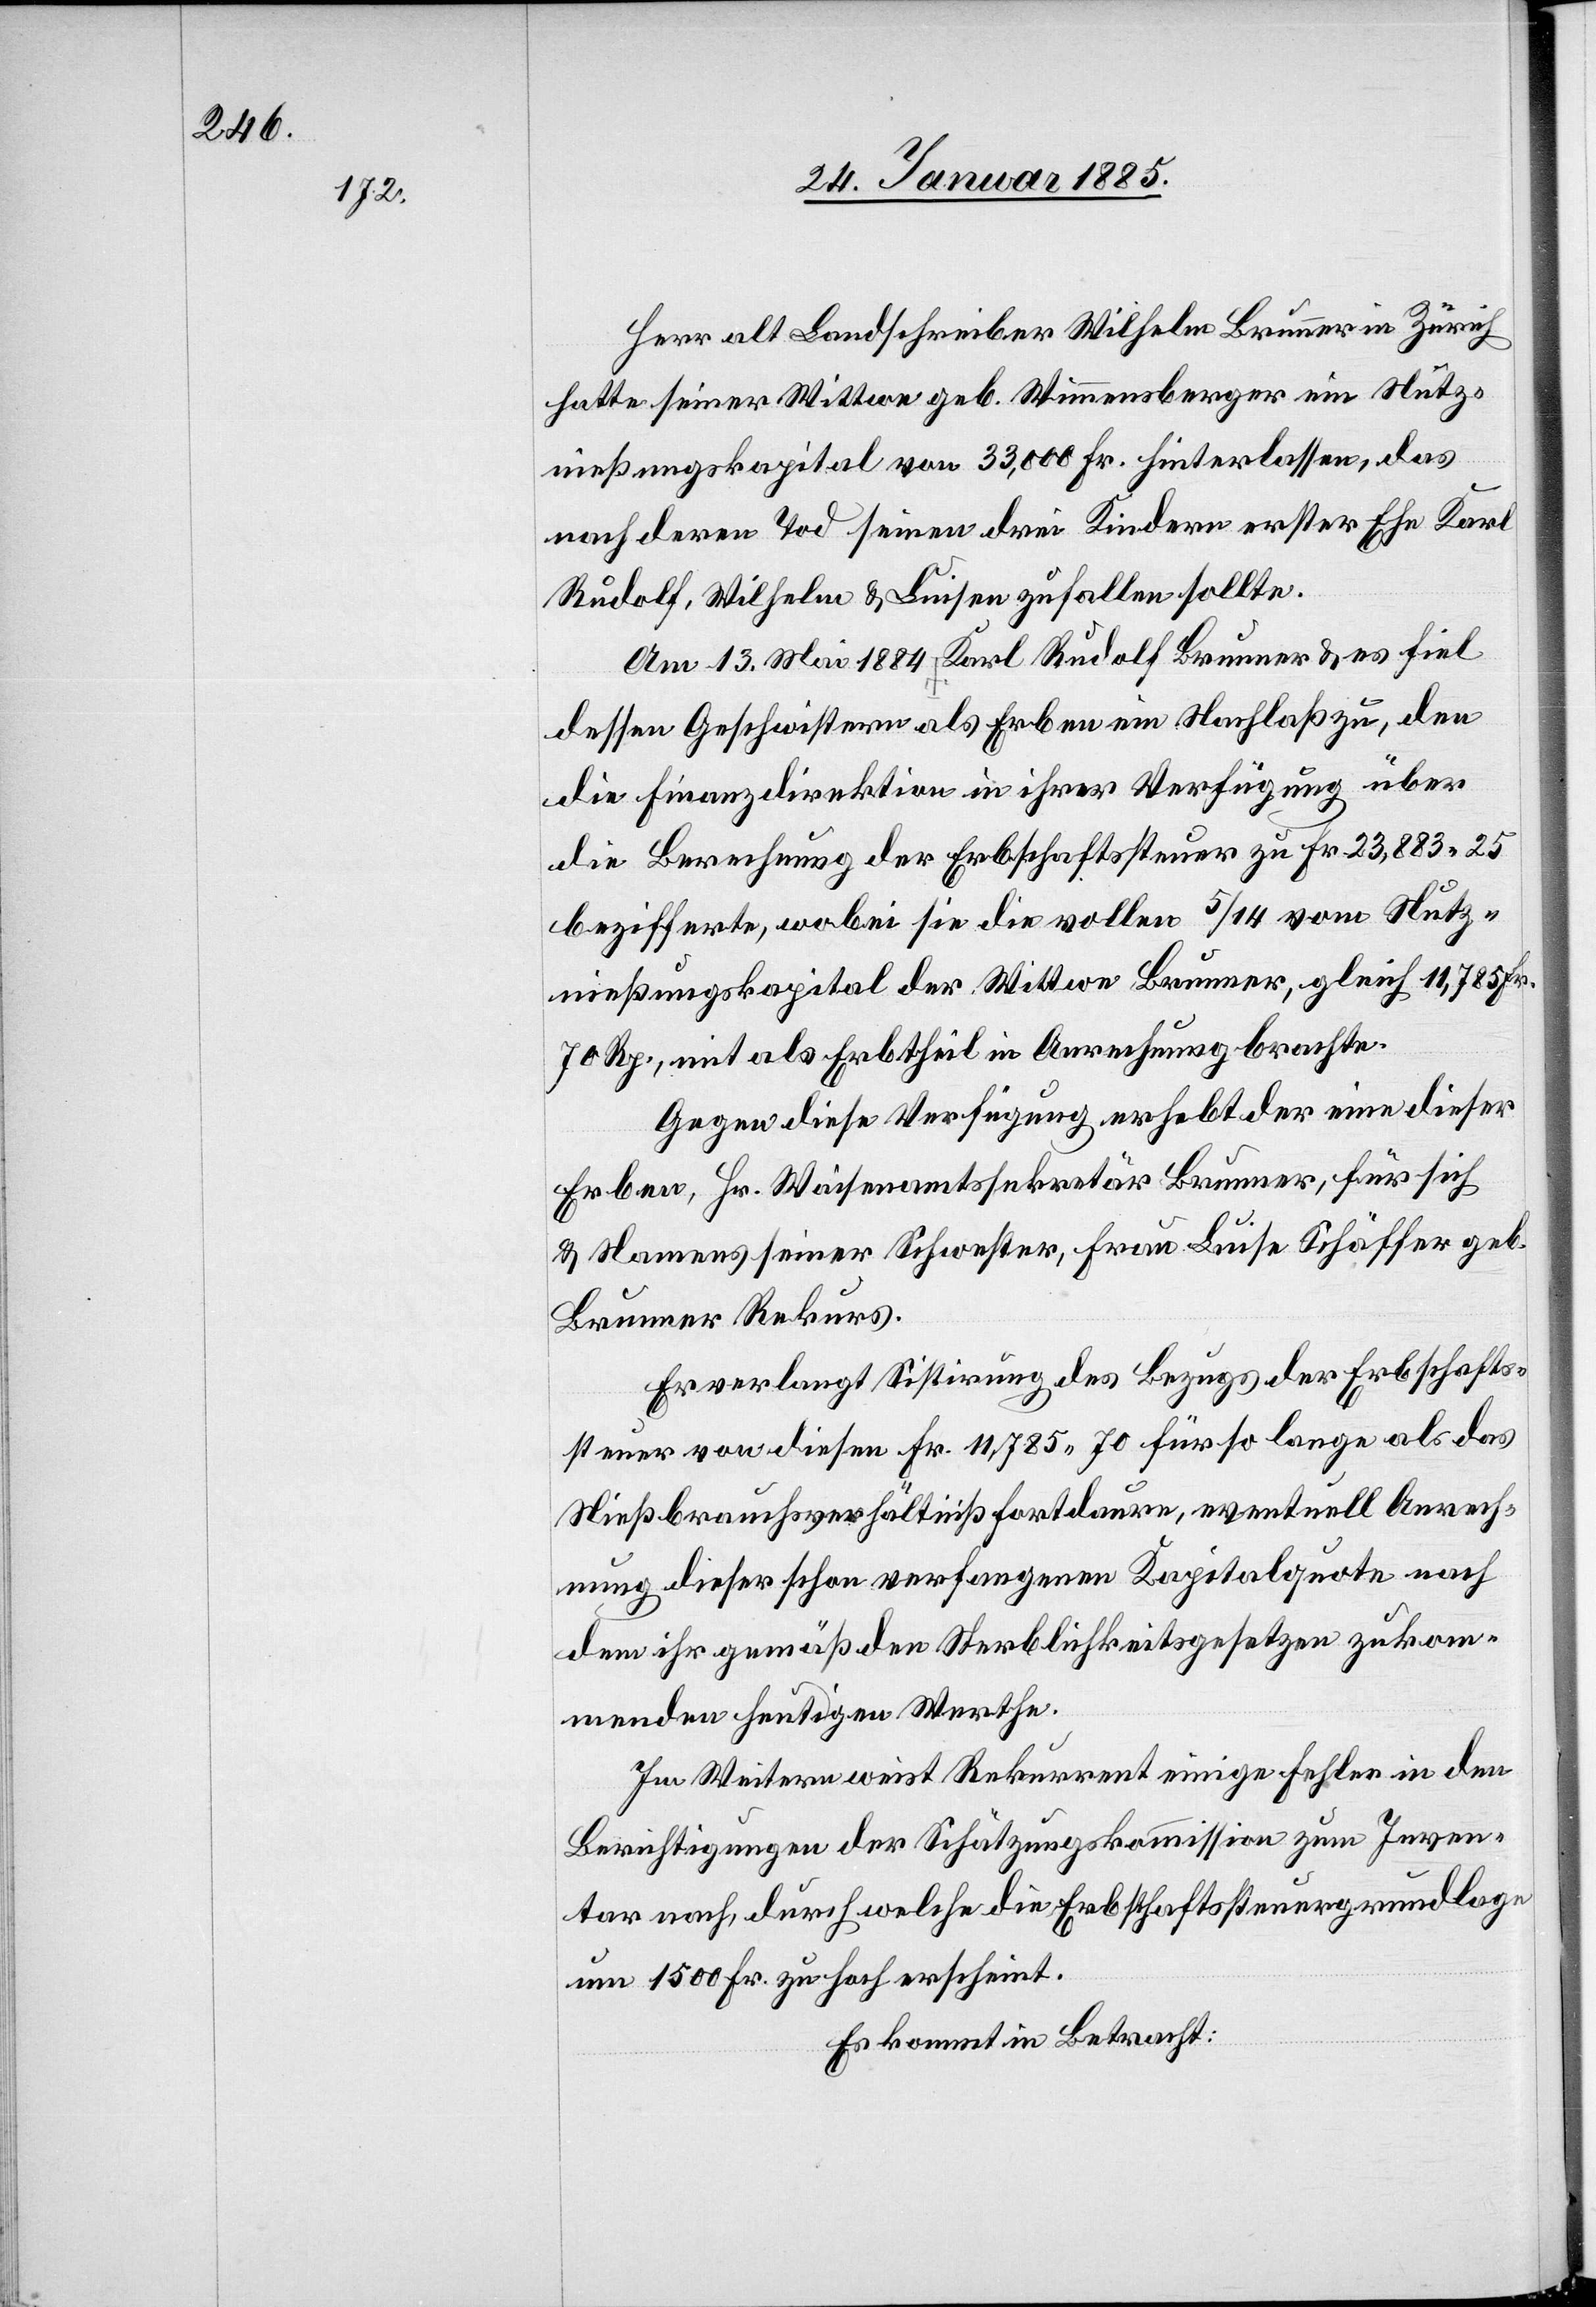
Herr alt Landschreiber Wilhelm Brunner in Zürich
hatte seiner Wittwe geb. Wimmensberger ein Nutz¬
nießungskapital von 33,000 Fr. hinterlassen, das
nach deren Tod seinen drei Kindern erster Ehe Karl
Rudolf, Wilhelm & Luisen zufallen sollte.
Am 13. Mai 1884 […] Karl Rudolf Brunner & es fiel
dessen Geschwistern als Erben ein Nachlaß zu, den
die Finanzdirektion in ihrer Verfügung über
die Berechnung der Erbschaftssteuer zu Fr. 23,883 25
bezifferte, wobei sie die vollen 5/14 vom Nutz¬
nießungskapital der Wittwe Brunner, gleich 11,785 Fr.
70 Rp., mit als Erbtheil in Anrechnung brachte.
Gegen diese Verfügung erhebt der eine dieser
Erben, Hr. Waisenamtssekretär Brunner, für sich
& Namens seiner Schwester, Frau Luise Schäffer geb.
Brunner Rekurs.
Er verlangt Sistirung des Bezugs der Erbschafts¬
steuer von diesen Fr. 11,785 70 für so lange als das
Nießbrauchsverhältniß fortdaure, eventuell Anrech¬
nung dieser schon verfangenen Kapitalquote nach
dem ihr gemäß den Sterblichkeitsgesetzen zukom¬
menden heutigen Werthe.
Im Weitern weist Rekurrent einige Fehler in den
Berichtigungen der Schätzungskommission zum Inven¬
tar nach, durch welche die Erbschaftssteuergrundlage
um 1500 Fr. zu hoch erscheint.
Es kommt in Betracht: